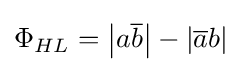
\Phi _{HL}=\left\vert a{\overline {b}}\right\vert -\left\vert {\overline {a}}b\right\vert